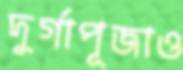
দুর্গাপূজাও